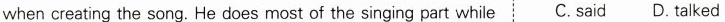
when creating the song. He does most of the singing part while C. said D. talked